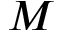
M